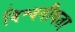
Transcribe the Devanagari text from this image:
विश्वनीयता